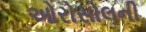
ઓરોસોલની